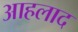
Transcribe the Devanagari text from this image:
आहलाद